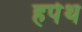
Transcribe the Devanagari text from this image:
हर्पेथ